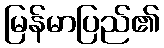
မြန်မာပြည်၏